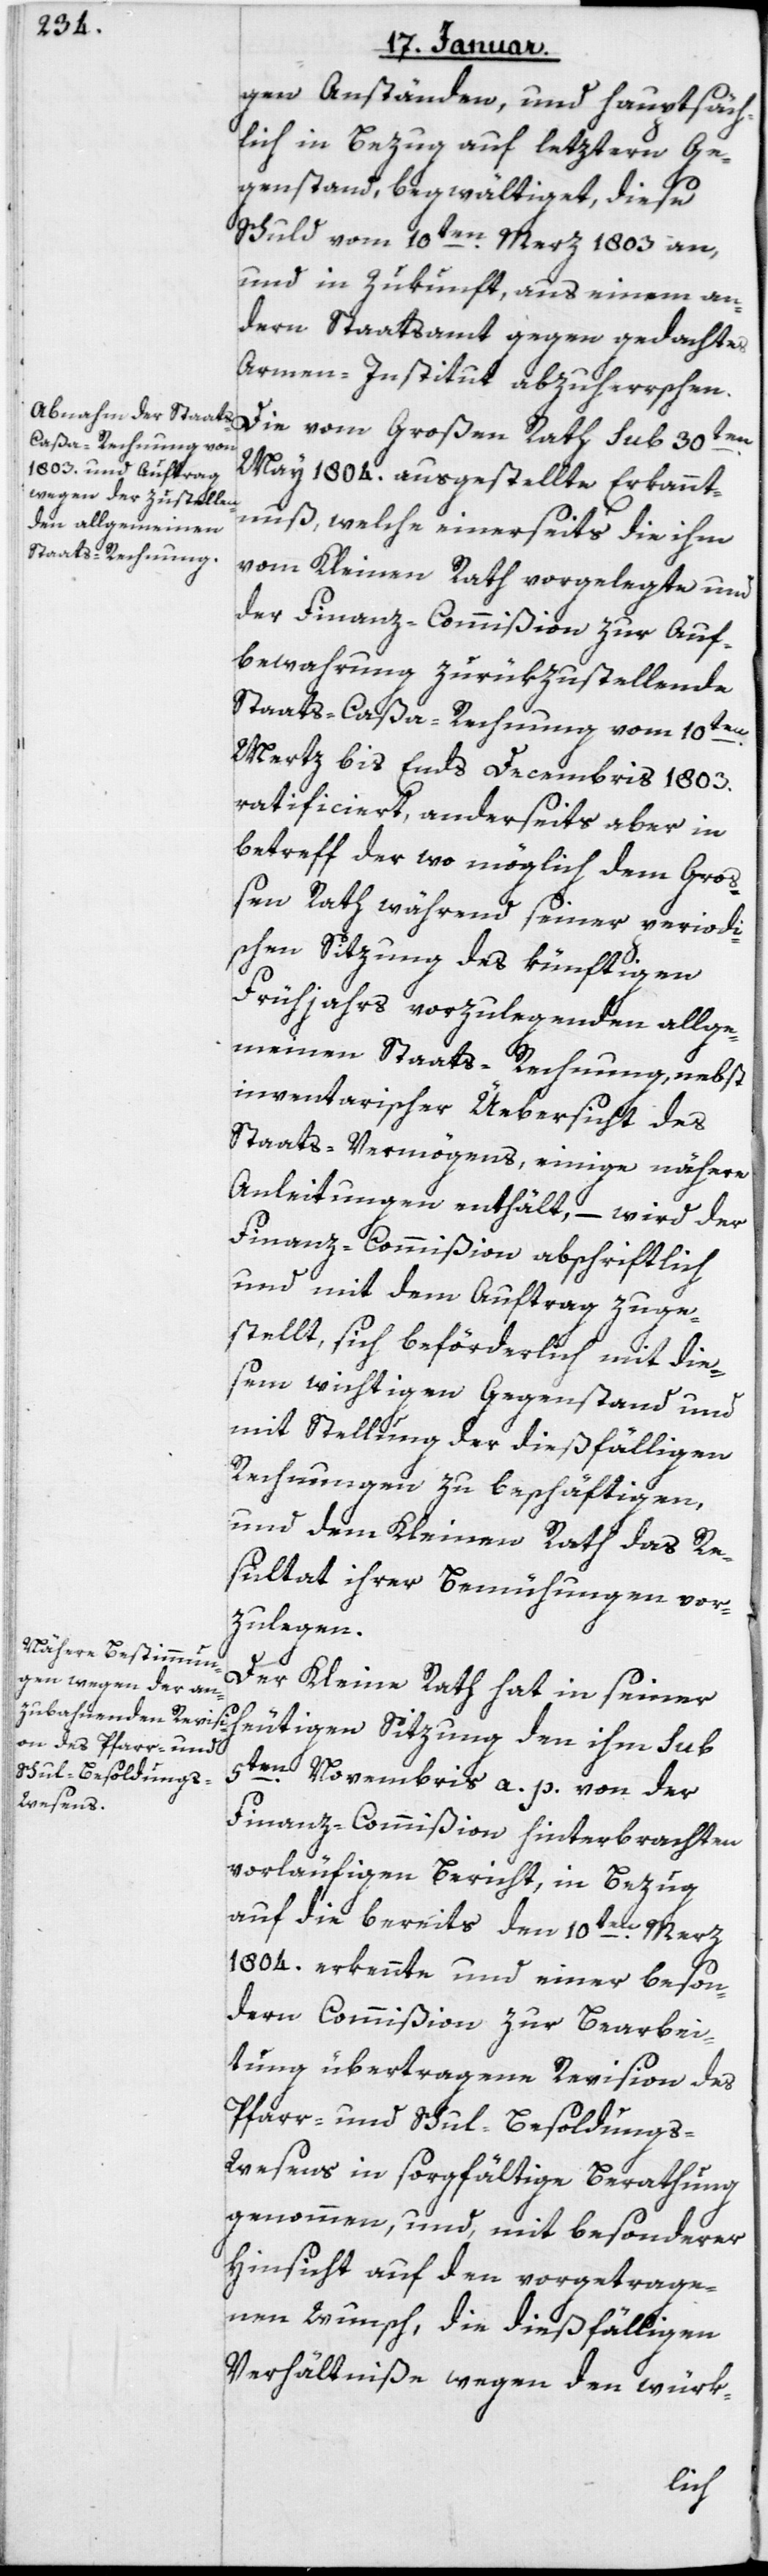
gen Anständen, und hauptsäch¬
lich in Bezug auf letztern Ge¬
genstand, begwältiget, diese
Schuld vom 10ten Merz 1803 an,
und in Zukunft aus einem an¬
dern Staatsamt gegen gedachtes
Armen-Institut abzuherrschen.
Die vom Großen Rath Sub 30ten
May 1804 ausgestellte Erkannt¬
nuß, welche einerseits die ihm
vom Kleinen Rath vorgelegte und
der Finanz-Commißion zur Auf¬
bewahrung zurükzustellende
Staats-Caßa-Rechnung vom 10ten
März bis Ends Decembris 1803
ratificiert, anderseits aber in
Betreff der wo möglich dem Gro¬
ßen Rath während seiner periodi¬
schen Sitzung des künftigen
Frühjahrs vorzulegenden allge¬
meinen Staats-Rechnung, nebst
inventarischer Übersicht des
Staats-Vermögens, einige nähere
Anleitungen enthält, – wird der
Finanz-Commißion abschriftlich
und mit dem Auftrag zuge¬
stellt, sich befürderlich mit die¬
sem wichtigen Gegenstand und
mit Stellung der dießfälligen
Rechnungen zu beschäftigen,
und dem Kleinen Rath das Re¬
sultat ihrer Bemühungen vor¬
zulegen.
Der Kleine Rath hat in seiner
heutigen Sitzung den ihm Sub
5ten Novembris a. p. von der
Finanz-Commißion hinterbrachten
vorläufigen Bericht, in Bezug
auf die bereits den 10ten Merz
1804 erkennte und einer beson¬
dern Commißion zur Bearbei¬
tung übertragene Revision des
Pfarr- und Schul-Besoldungs-W¬
esens in sorgfältige Berathung
genommen, und mit besonderer
Hinsicht auf den vorgetrage¬
nen Wunsch, die dießfälligen
Verhältniße wegen den würk-